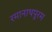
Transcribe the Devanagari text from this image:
रमानाथपुरम